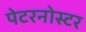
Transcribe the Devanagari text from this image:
पेटरनोस्टर